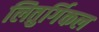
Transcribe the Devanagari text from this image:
लितुर्गिकल